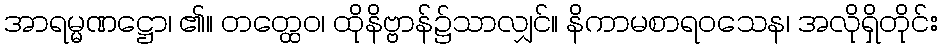
အာရမ္မဏဋ္ဌော၊ ၏။ တတ္ထေဝ၊ ထိုနိဗ္ဗာန်၌သာလျှင်။ နိကာမစာရဝသေန၊ အလိုရှိတိုင်း